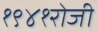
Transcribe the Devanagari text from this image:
१९४१रोजी